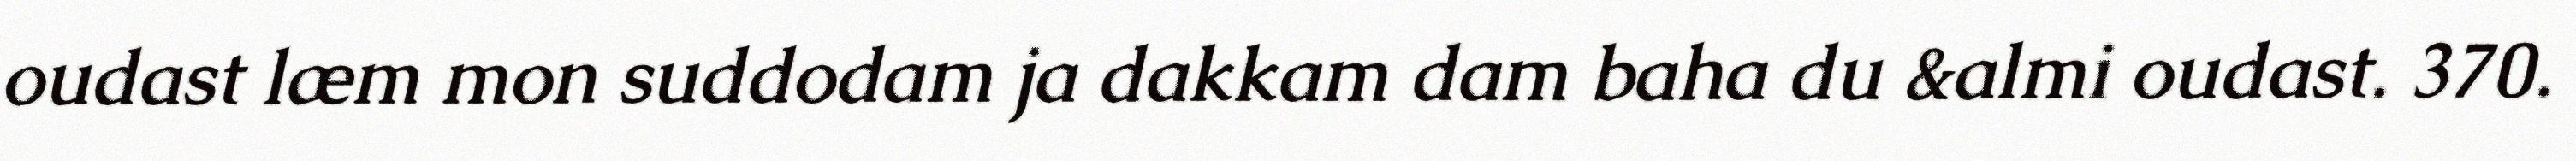
oudast læm mon suddodam ja dakkam dam baha du &almi oudast. 370.